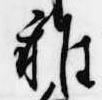
雑